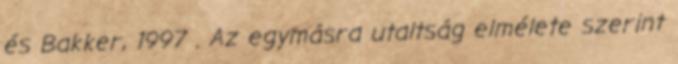
és Bakker, 1997 . Az egymásra utaltság elmélete szerint